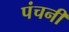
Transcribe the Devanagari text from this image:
पंचनी